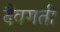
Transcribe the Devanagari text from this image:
दैवगती